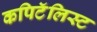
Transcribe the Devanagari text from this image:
कपिटॅलिस्ट